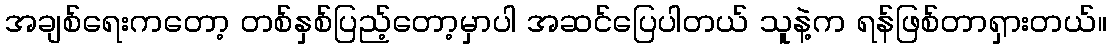
အချစ်ရေးကတော့ တစ်နှစ်ပြည့်တော့မှာပါ အဆင်ပြေပါတယ် သူနဲ့က ရန်ဖြစ်တာရှားတယ်။